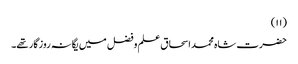
(۱۱)
حضرت شاہ محمد اسحاق علم وفضل میں یگانہ روزگار تھے۔